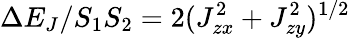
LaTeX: \Delta E_{J}/S_{1}S_{2}=2(J_{zx}^{2}+J_{zy}^{2})^{1/2}